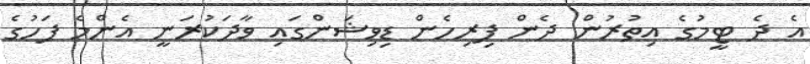
އެ ދެ ޓީމުގެ އިތުރުން ދެން ފިރިހެން ޑިވިޝަންގައި ވާދަކުރަނީ އެންމެ ފަހުގެ